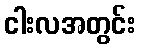
ငါးလအတွင်း